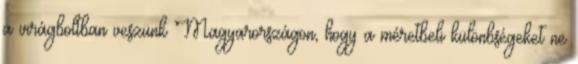
a virágboltban veszünk Magyarországon, hogy a méretbeli különbségeket ne